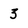
Character: 3